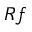
R f